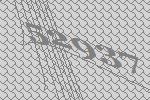
52937